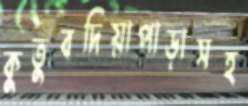
কুতুবদিয়াপাড়াসহ